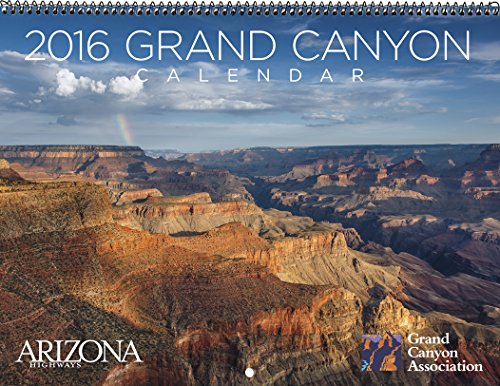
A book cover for Arizona Highways 2016 Grand Canyon Calendar; Arizona Highways; Calendars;